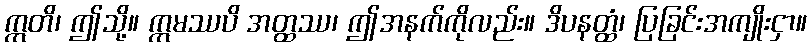
ဣတိ၊ ဤသို့။ ဣမဿပိ အတ္ထဿ၊ ဤအနက်ကိုလည်း။ ဒိပနတ္ထံ၊ ပြခြင်းအကျိုးငှာ။